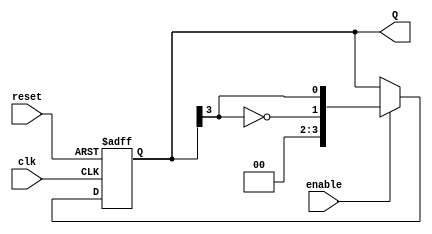
module JohnsonCounter #(parameter N = 4) (
    input wire clk,            // Clock input
    input wire reset,          // Asynchronous reset
    input wire enable,         // Counter enable
    output reg [N-1:0] Q       // Output state
);

    // Sequential logic for the Johnson counter
    always @(posedge clk or posedge reset) begin
        if (reset) begin
            // Reset all flip-flops to 0
            Q <= 0;
        end else if (enable) begin
            // Shift operation with feedback from the last flip-flop
            Q <= {~Q[N-1], Q[N-1:N-1]}; // Shift left and feed back inverted last bit
        end
    end

endmodule